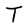
Character: T